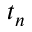
t _ { n }